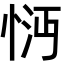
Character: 𢚽